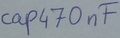
Text: cap470µF